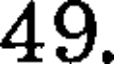
49.